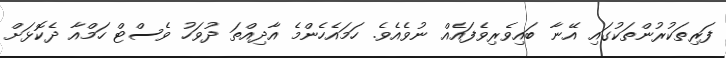
ފަރިތަކުރުންތަކުގައި އޭނާ ބައިވެރިވެފައެއް ނުވެއެވެ. ހަމައެހެންމެ އާދިއްތަ ދުވަހު ވެސްޓް ހަމްއާ ދެކޮޅަށް